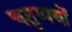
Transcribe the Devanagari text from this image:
चतुष्पथों